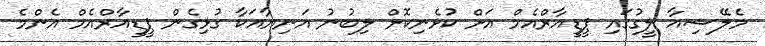
މެލޭޝިއާ ލީގުގައި ޕީޑީއާރްއެމް އަށް ކުޅެނިކޮށް ލިބުނު އަނިޔާއަކާ ގުޅިގެން ޕީޑީއާރްއެމް އެންމެ